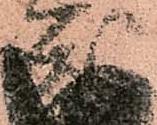
成